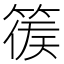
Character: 𥰉